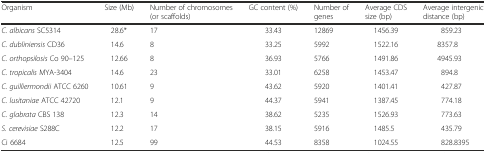
<table><thead><tr><td><b>Organism</b></td><td><b>Size (Mb)</b></td><td><b>Number of chromosomes (or scaffolds)</b></td><td><b>GC content (%)</b></td><td><b>Number of genes</b></td><td><b>Average CDS size (bp)</b></td><td><b>Average intergenic distance (bp)</b></td></tr></thead><tbody><tr><td><i>C. albicans</i> SC5314</td><td>28.6*</td><td>17</td><td>33.43</td><td>12869</td><td>1456.39</td><td>859.23</td></tr><tr><td><i>C. dubliniensis</i> CD36</td><td>14.6</td><td>8</td><td>33.25</td><td>5992</td><td>1522.16</td><td>8357.8</td></tr><tr><td><i>C. orthopsilosis</i> Co 90–125</td><td>12.66</td><td>8</td><td>36.93</td><td>5766</td><td>1491.86</td><td>4945.93</td></tr><tr><td><i>C. tropicalis</i> MYA-3404</td><td>14.6</td><td>23</td><td>33.01</td><td>6258</td><td>1453.47</td><td>894.8</td></tr><tr><td><i>C. guilliermondii</i> ATCC 6260</td><td>10.61</td><td>9</td><td>43.62</td><td>5920</td><td>1401.41</td><td>427.87</td></tr><tr><td><i>C. lusitaniae</i> ATCC 42720</td><td>12.1</td><td>9</td><td>44.37</td><td>5941</td><td>1387.45</td><td>774.18</td></tr><tr><td><i>C. glabrata</i> CBS 138</td><td>12.3</td><td>14</td><td>38.62</td><td>5235</td><td>1526.93</td><td>773.63</td></tr><tr><td><i>S. cerevisiae</i> S288C</td><td>12.2</td><td>17</td><td>38.15</td><td>5916</td><td>1485.5</td><td>435.79</td></tr><tr><td>Ci 6684</td><td>12.5</td><td>99</td><td>44.53</td><td>8358</td><td>1024.55</td><td>828.8395</td></tr></tbody></table>